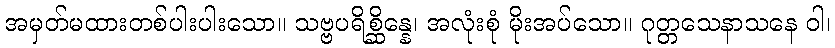
အမှတ်မထားတစ်ပါးပါးသော။ သဗ္ဗပရိစ္ဆိန္နေ၊ အလုံးစုံ မိုးအပ်သော။ ဂုတ္တသေနာသနေ ဝါ၊